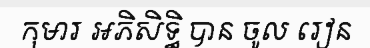
កុមារ អភិសិទ្ធិ បាន ចូល រៀន